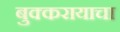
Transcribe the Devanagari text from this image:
बुक्करायाचा